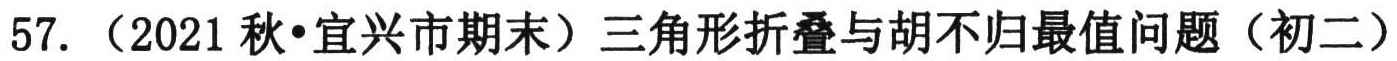
57. （2021秋•宜兴市期末）三角形折叠与胡不归最值问题（初二）